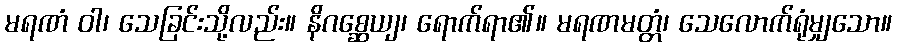
မရဏံ ဝါ၊ သေခြင်းသို့လည်း။ နိဂစ္ဆေယျ၊ ရောက်ရာ၏။ မရဏမတ္တံ၊ သေလောက်ရုံမျှသော။